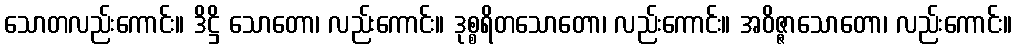
သောတလည်းကောင်း။ ဒိဋ္ဌိ သောတော၊ လည်းကောင်း။ ဒုစ္စရိတသောတော၊ လည်းကောင်း။ အဝိဇ္ဇာသောတော၊ လည်းကောင်း။